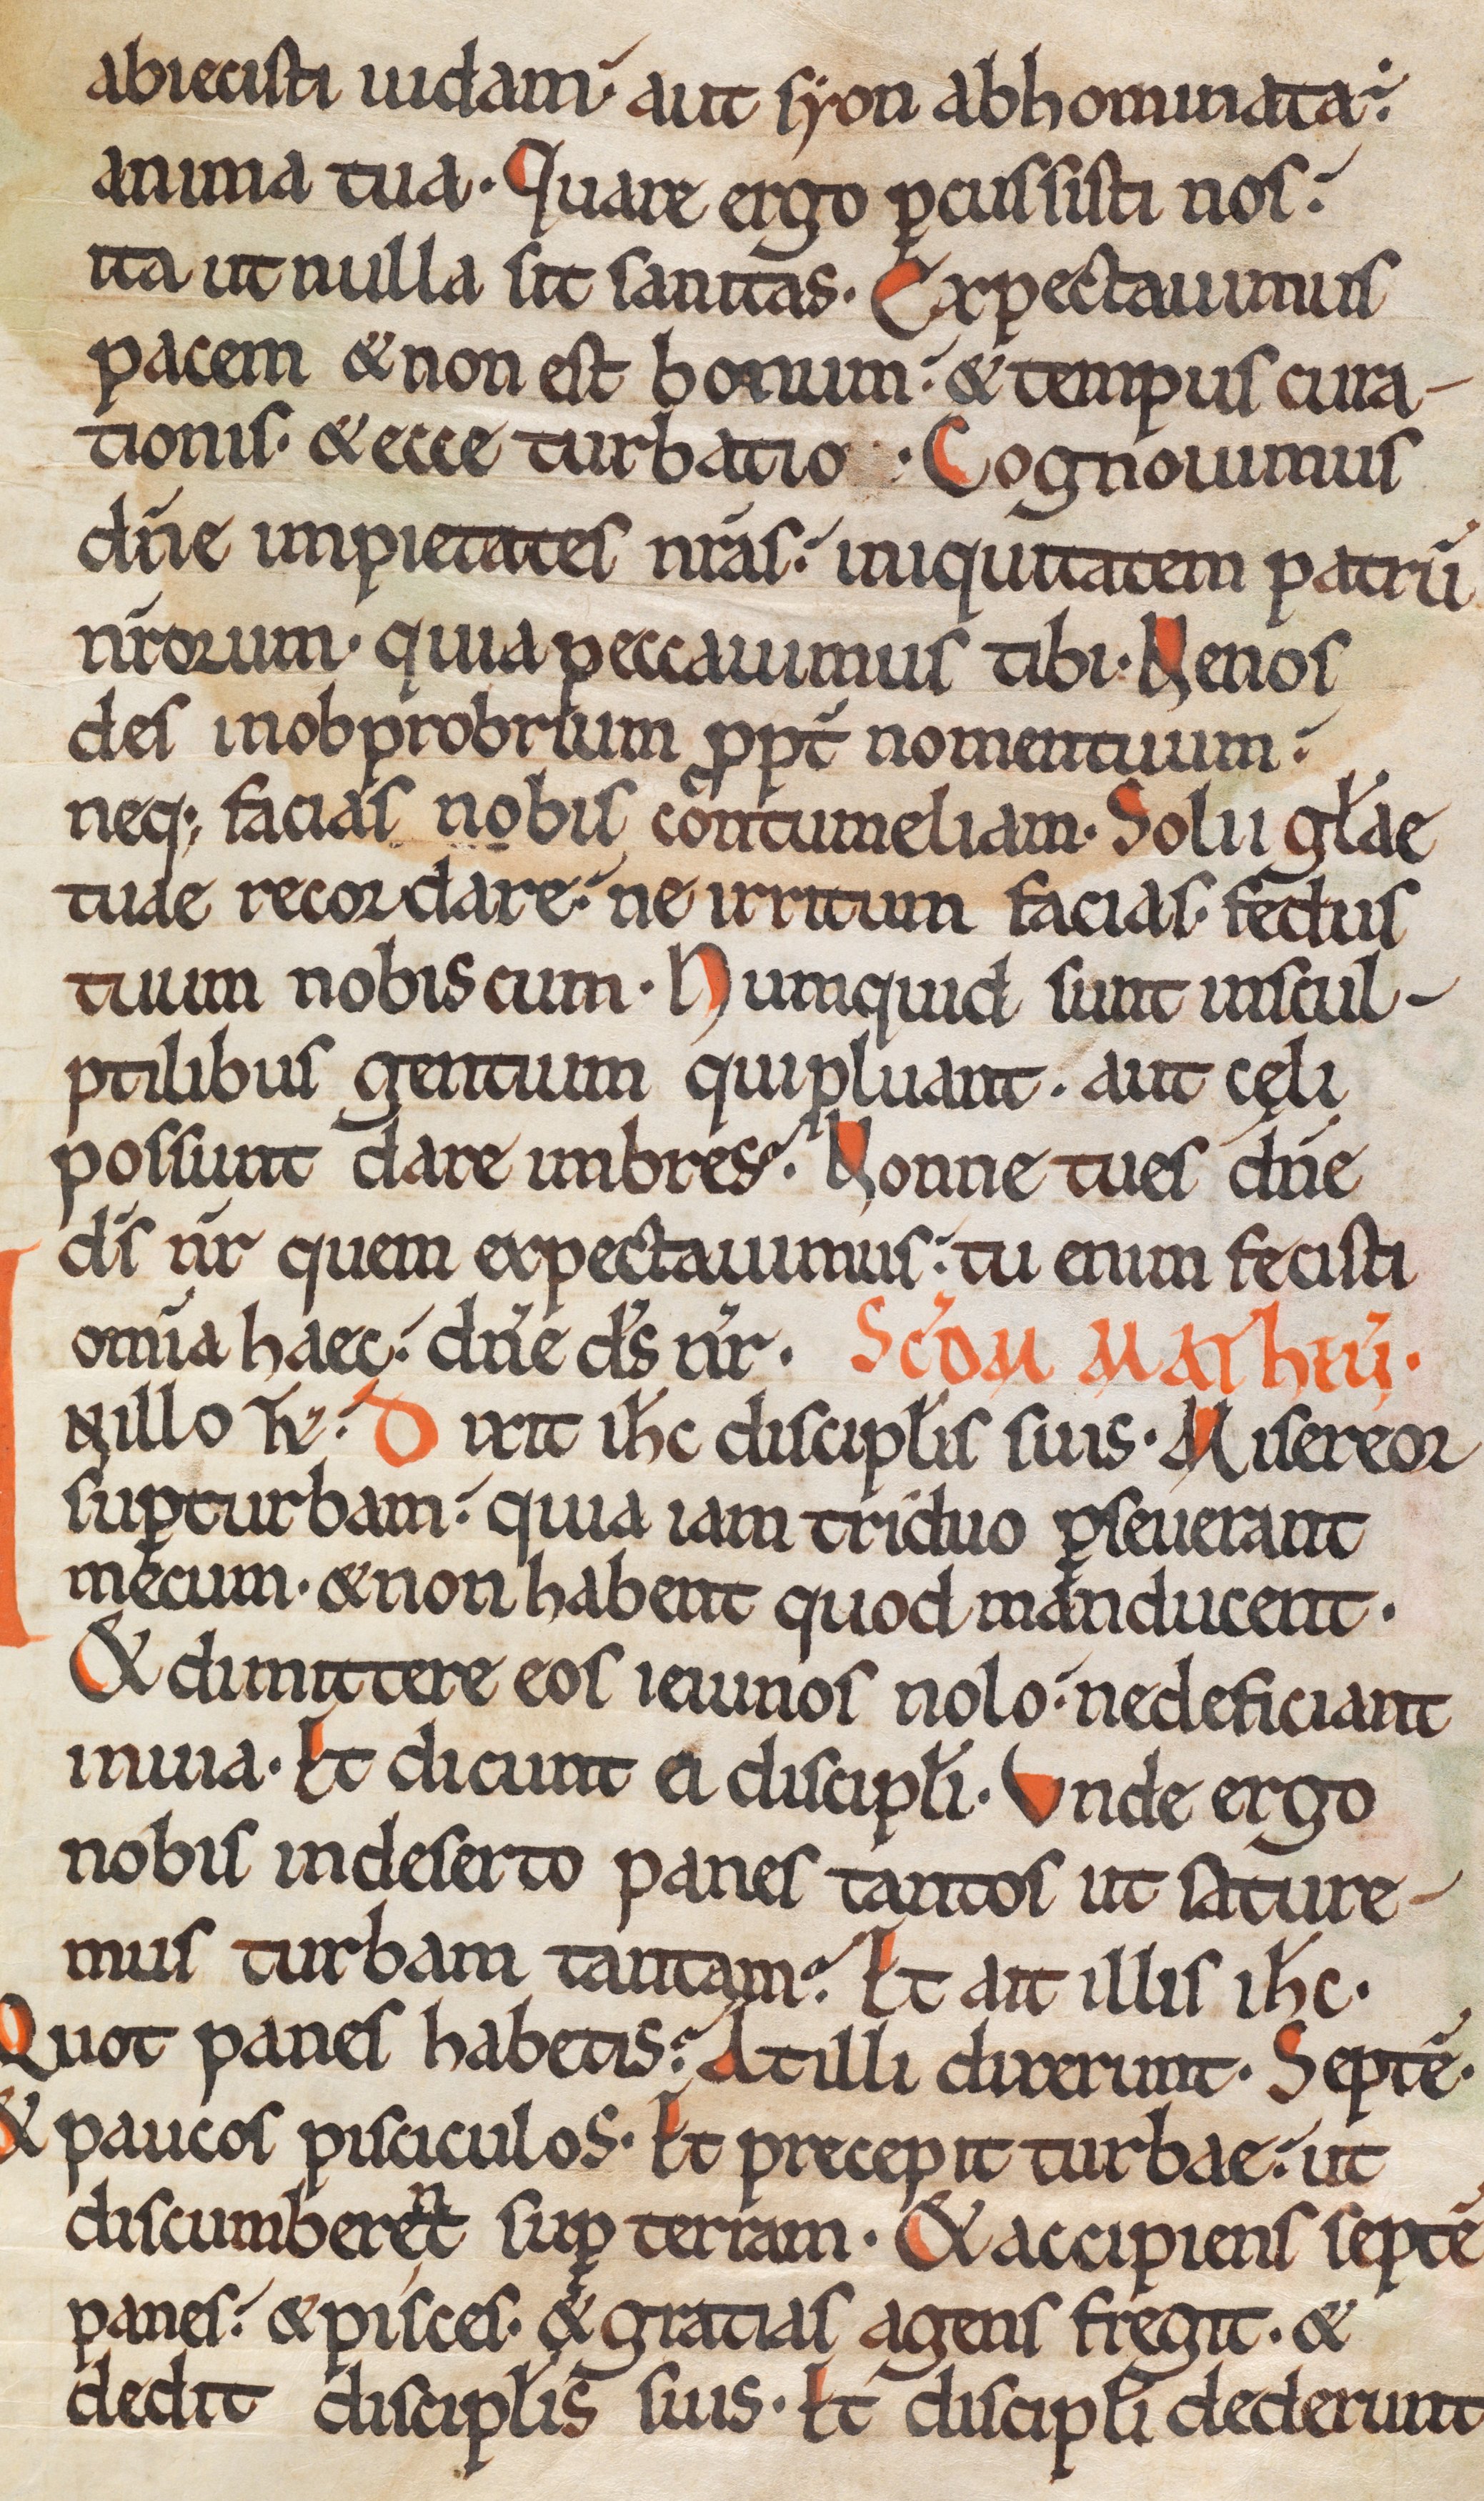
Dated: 1075–1115